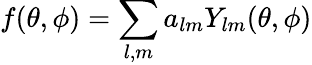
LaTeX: f(\theta,\phi)=\sum_{l,m}a_{lm}Y_{lm}(\theta,\phi)